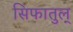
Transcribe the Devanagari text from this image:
सिफातुल्